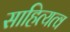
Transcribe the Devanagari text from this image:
साहित्यत्व